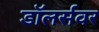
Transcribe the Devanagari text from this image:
डॉलर्सवर